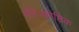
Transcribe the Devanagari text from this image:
बहिःकोष्ठिक